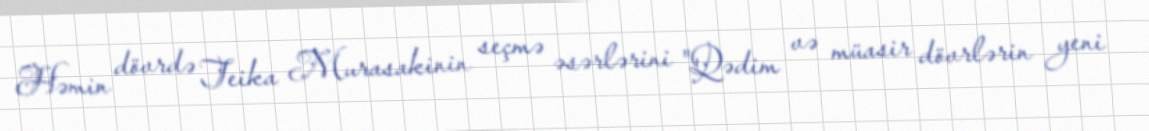
Həmin dövrdə Teika Murasakinin seçmə əsərlərini "Qədim və müasir dövrlərin yeni